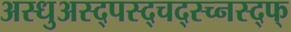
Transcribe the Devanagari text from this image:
अस्धुअस्द्पस्द्चद्स्च्नस्द्फ्